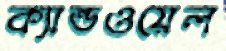
ক্যান্ডওয়েল